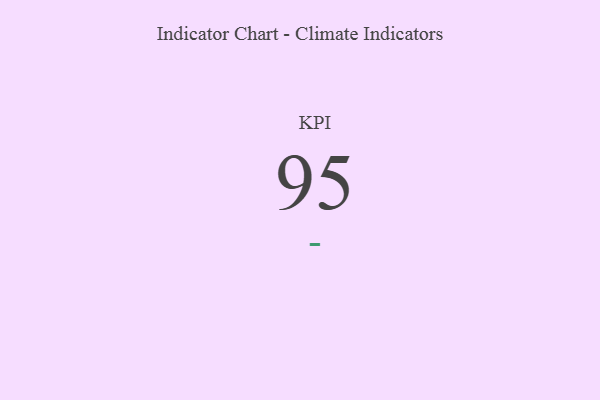
{"axis": {"x": "KPI", "y": "Value"}, "legend": [""], "data": [{"x": "KPI", "y": 95, "type": ""}]}